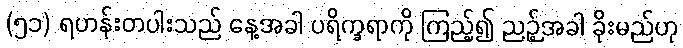
(၅၁) ရဟန်းတပါးသည် နေ့အခါ ပရိက္ခရာကို ကြည့်၍ ညဉ့်အခါ ခိုးမည်ဟု